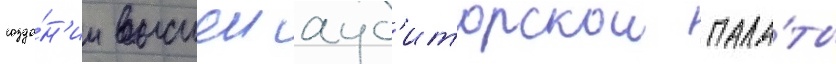
созда́н'ии высшеи ауд'иторскои пала́ты